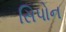
સિપોન